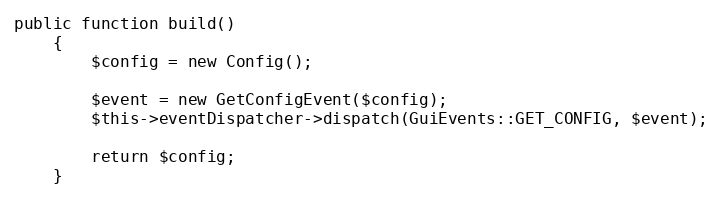
Language: PHP
public function build()
    {
        $config = new Config();

        $event = new GetConfigEvent($config);
        $this->eventDispatcher->dispatch(GuiEvents::GET_CONFIG, $event);

        return $config;
    }